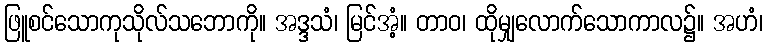
ဖြူစင်သောကုသိုလ်သဘောကို။ အဒ္ဒသံ၊ မြင်အံ့။ တာဝ၊ ထိုမျှလောက်သောကာလ၌။ အဟံ၊